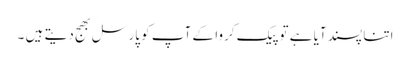
اتنا پسند آیا ہے تو پیک کروا کے آپ کو پارسل بھج دیتے ہیں ۔